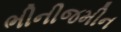
ભીનીજમીન